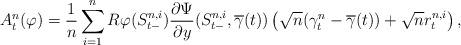
LaTeX: \begin{align*}A^{n}_{t}(\varphi)=\frac{1}{n} \sum_{i=1}^{n} R\varphi(S^{n,i}_{t-}) \frac{\partial \Psi}{\partial y} (S^{n,i}_{t-},\overline{\gamma}(t)) \left( \sqrt{n}( \gamma^{n}_{t}-\overline{\gamma}(t)) + \sqrt{n} r^{n,i}_{t}\right),\end{align*}